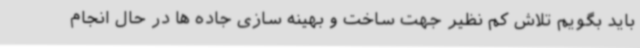
باید بگویم تلاش کم نظیر جهت ساخت و بهینه سازی جاده ها در حال انجام